Rapla_vallavalitsus, lk 4
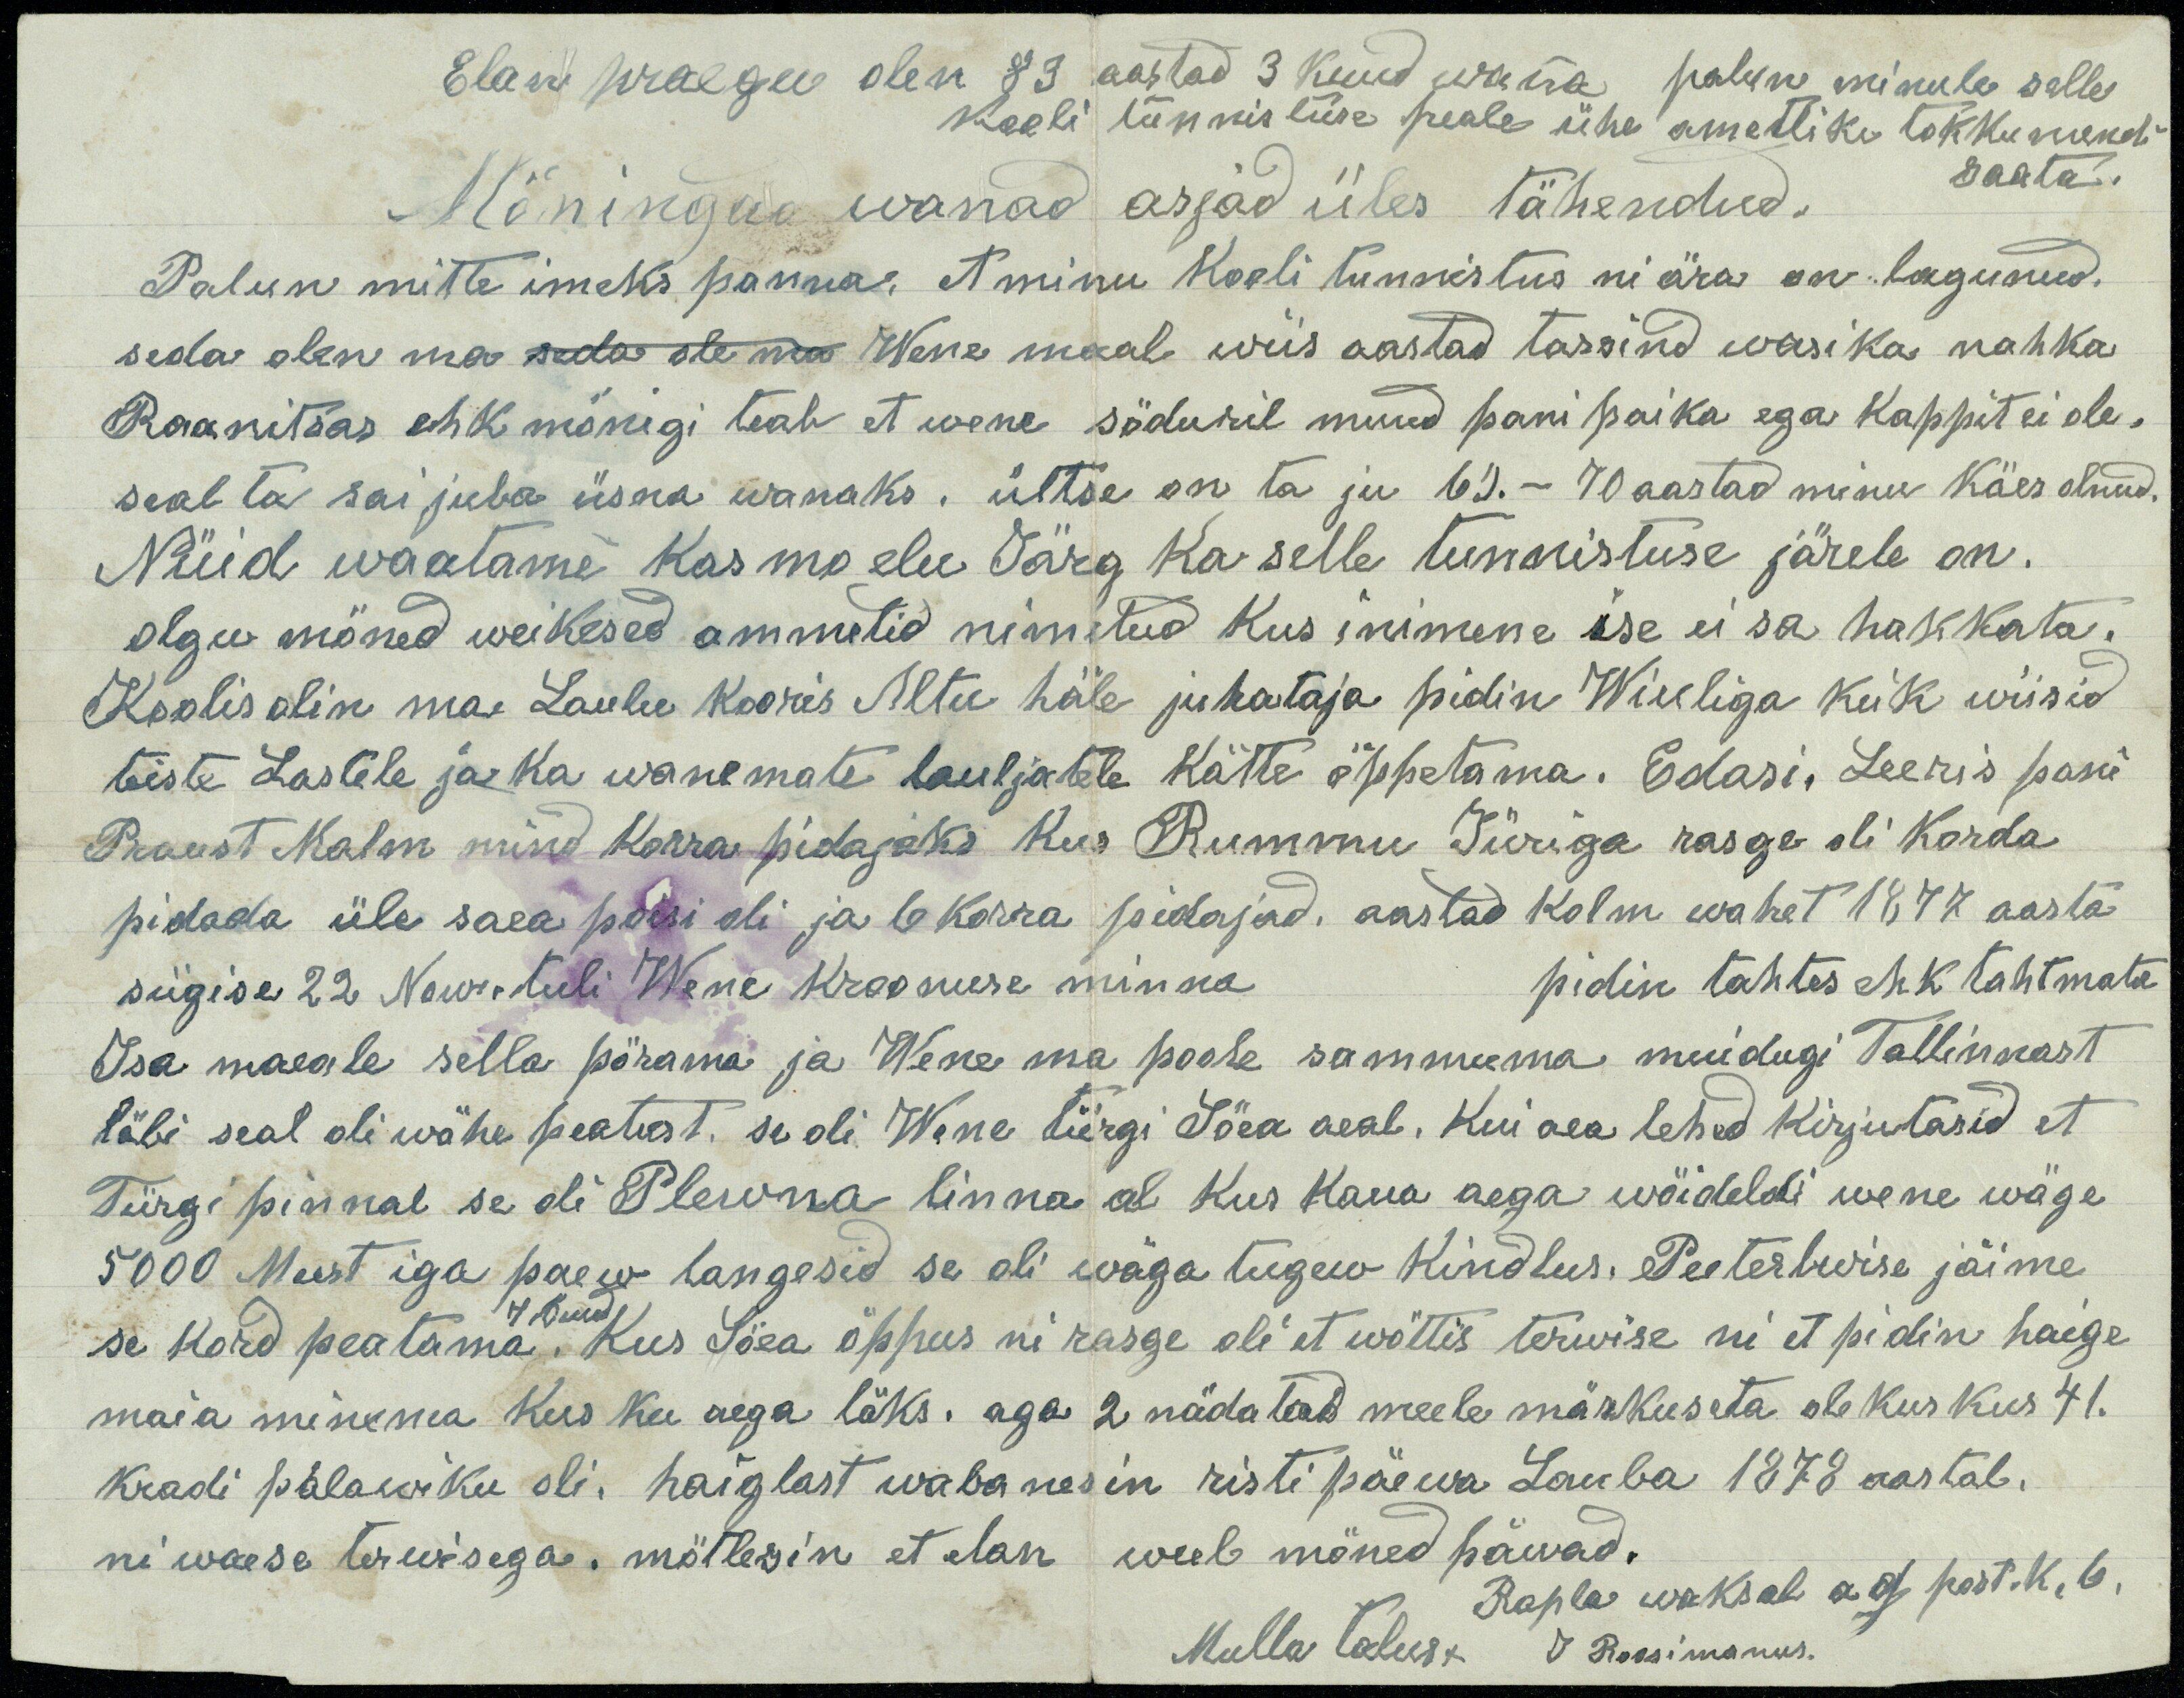
Elan praegu olen 89 aastad 3 kuud wana palun minule selle
kooli tunnistuse peale ühe ametliku tokkumendi
saata.
Mõningad wanad asjad üles tähendud.
Palun mitte imeks panna, et minu kooli tunnistus ni ära on lagunud.
seda olen ma seda ole ma Wene maal wiis aastad tassind wasika nahka
Raanitsas ehk mönigi teab et wene söduril muud pani paika ega kappit ei ole.
seal ta sai juba üsna wanaks. ültse on ta ju 69. - 70 aastad minu käes olnud.
Nüid waatame kas mo elu Järg ka selle tunnistuse järele on.
olgu möned weikesed ammetid nimetud kus inimene ise ei sa hakkata.
Koolis olin ma Laulu Kooris Altu häle juhataja pidin Wiuliga keik wiisid
teiste Lastele ja ka wanemate lauljatele kätte öppetama. Edasi, Leeris pani
Praust Malm mind korra pidajaks kus Rummu Jüriga rasge oli korda
pidada üle saea poisi oli ja 6 korra pidajad. aastad kolm wahet 1877 aasta
sügise 22 Now. tuli Wene Kroonuse minna
pidin tahtes ehk tahtmata
Isa maale sella pörama ja Wene ma poole sammuma muidugi Tallinnast
läbi seal oli wähe peatust, se oli Wene Türgi Söea aeal. Kui aea lehed kirjutasid et
Türgi pinnal se oli Plewna linna al kus kaua aega wöideldi wene wäge
5000 Meest iga paew langesid se oli wäga tugew kindlus. Peeterburise jäime
se kord peatama. 7 kuud Kus Söea öppus ni rasge oli et wöttis terwise ni et pidin haige
maia minema kus ku aega läks. aga 2 nädalad meele märkuseta ole kus kus 41.
kradi palawiku oli. haiglast wabanesin risti päewa Lauba 1878 aastal.
ni waese terwisega. mõtlesin et elan weel möned päewad.
Rapla waksal ag post.k. 6,
Mulla talust J Roosimanus.